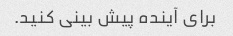
برای آینده پیش بینی کنید.